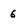
Character: 6